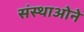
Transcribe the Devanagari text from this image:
संस्थाओने